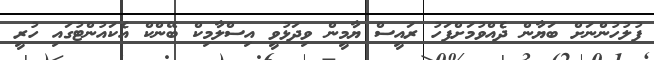
ފުލުހުންނަށް ބަޔާން ދެއްވުމަށްފަހު ރައީސް ޔާމީން ވިދަޅުވީ އިސްލާމިކް ބޭންކް އެކައުންޓުގައި ހުރީ